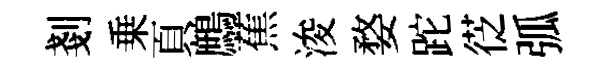
剗乗頁鷓蕉浚婺跎徔弧